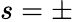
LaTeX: s=\pm